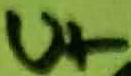
Text: U+